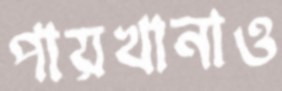
পায়খানাও